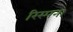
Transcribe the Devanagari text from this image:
रिस्पना